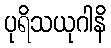
ပုရိသယုဂါနိ